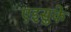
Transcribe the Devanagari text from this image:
एइसुके